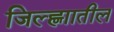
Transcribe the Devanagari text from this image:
जिल्ह्णाातील